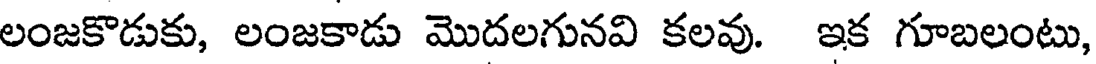
లంజకొడుకు, లంజకాడు మొదలగునవి కలవు. ఇక గూబలంటు,